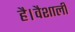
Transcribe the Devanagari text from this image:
है।वैशाली